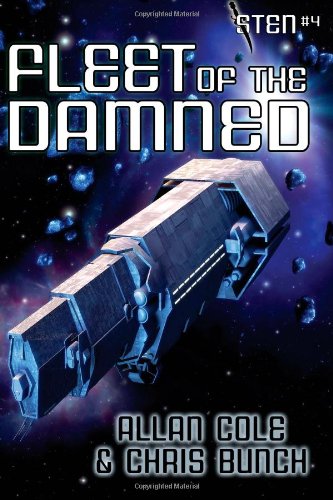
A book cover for Fleet of the Damned (Sten #4); Allan Cole; Science Fiction & Fantasy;